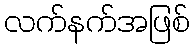
လက်နက်အဖြစ်